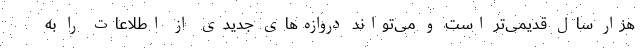
هزار سال قدیمی‌تر است و می‌تواند دروازه‌های جدیدی از اطلاعات را به